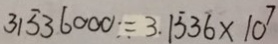
3 1 5 3 6 0 0 0 = 3 . 1 \dot { 5 } 3 \dot { 6 } \times 1 0 ^ { 7 }